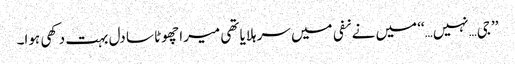
’’جی…نہیں…‘‘ میں نے نفی میں سر ہلایا تھی میرا چھوٹا سا دل بہت دکھی ہوا۔